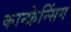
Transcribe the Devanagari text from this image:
कान्फ्रेन्सिंग